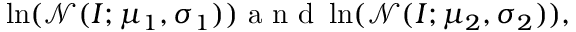
\ln ( \mathcal { N } ( I ; \mu _ { 1 } , \sigma _ { 1 } ) ) \textnormal { a n d } \ln ( \mathcal { N } ( I ; \mu _ { 2 } , \sigma _ { 2 } ) ) ,